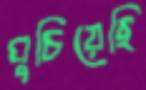
ঘুচিয়েছি